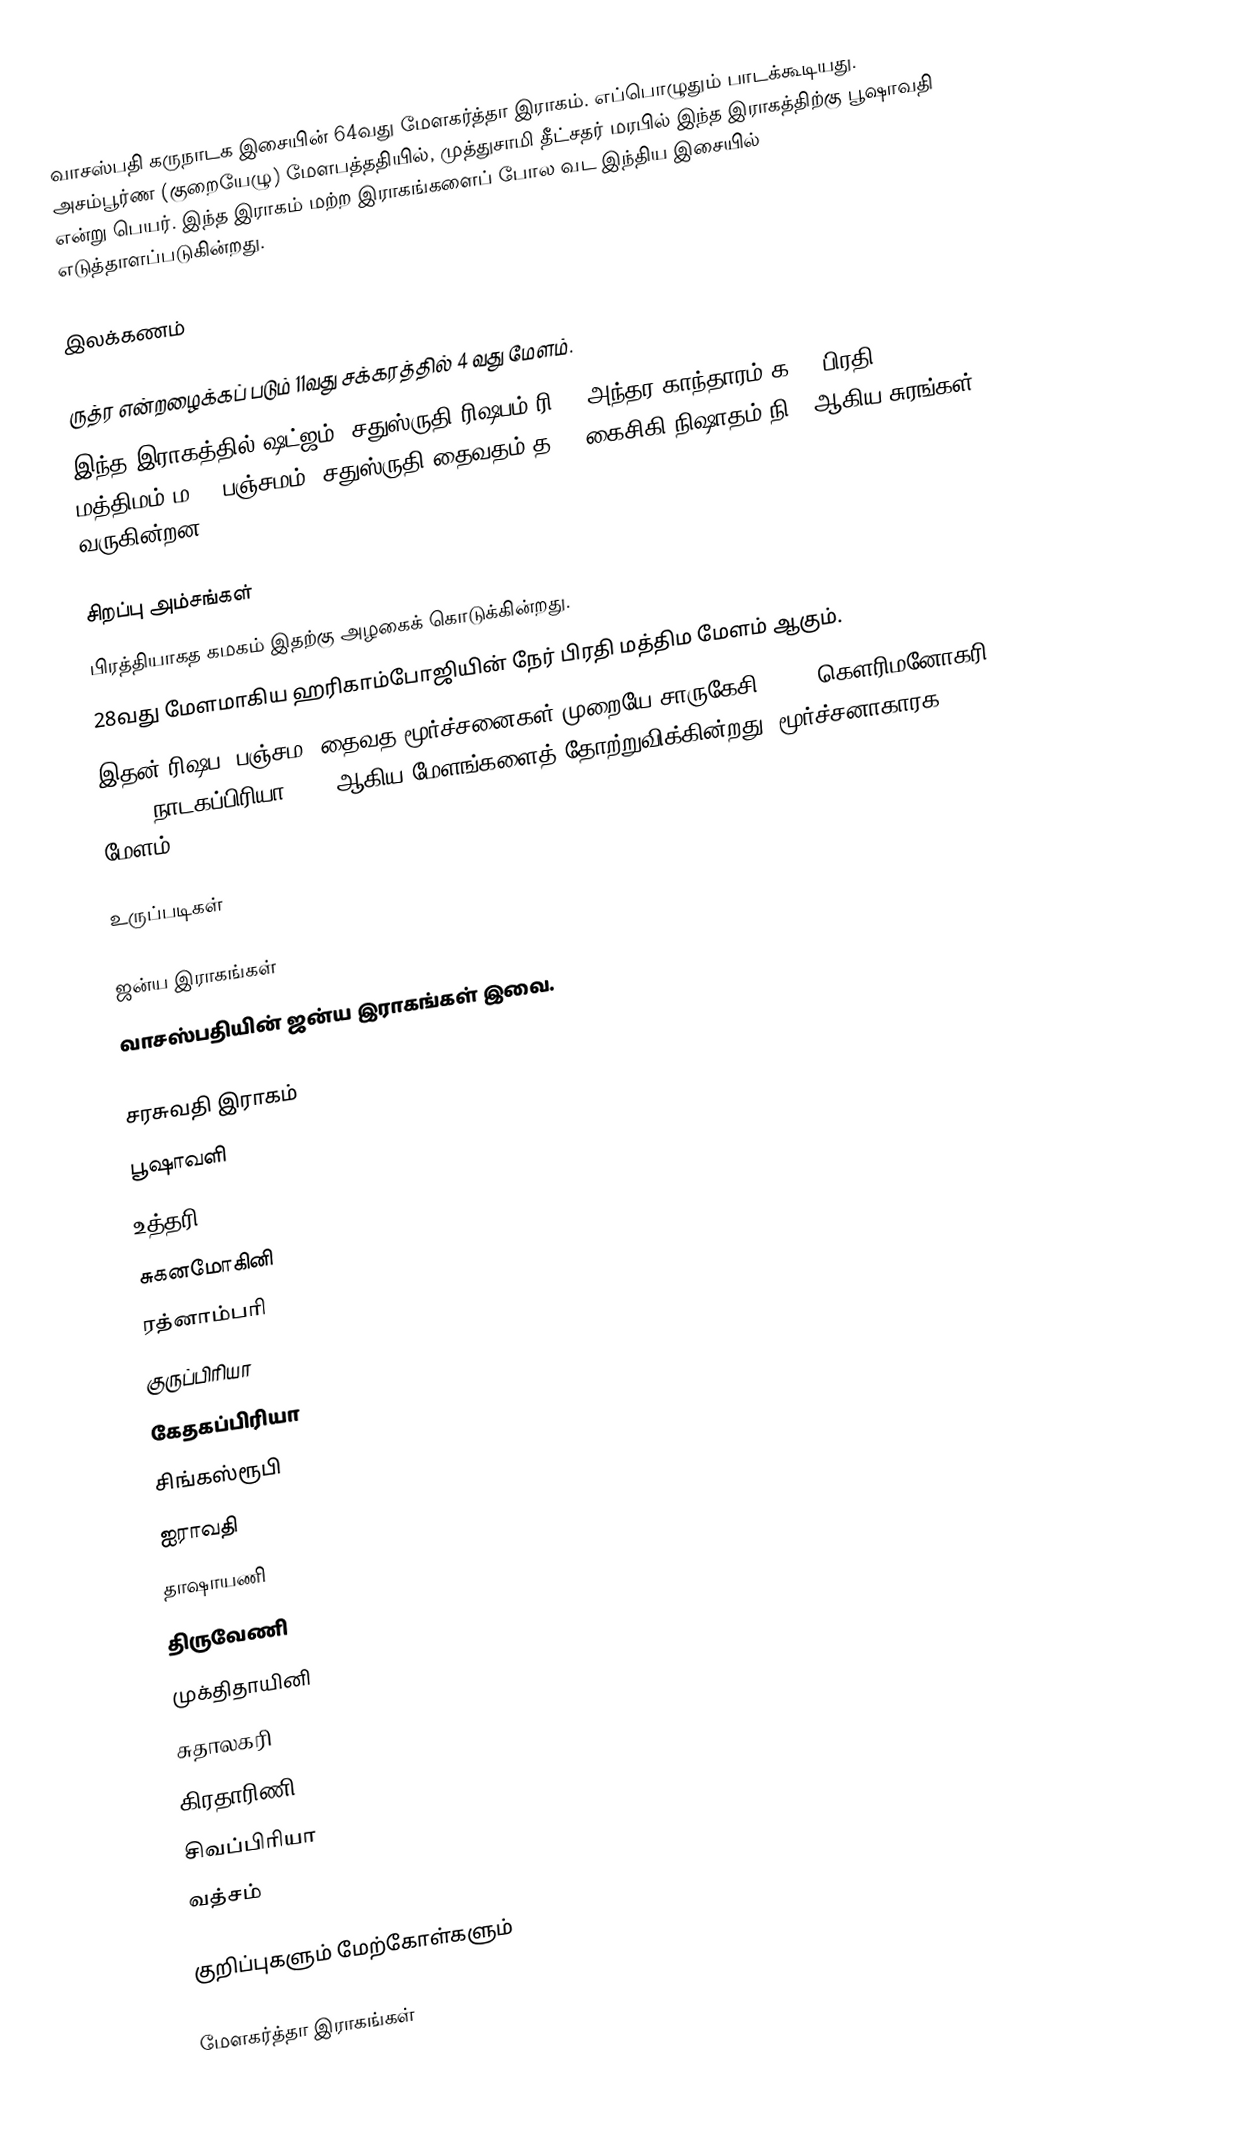
வாசஸ்பதி கருநாடக இசையின் 64வது மேளகர்த்தா இராகம். எப்பொழுதும் பாடக்கூடியது. அசம்பூர்ண (குறையேழு) மேளபத்ததியில், முத்துசாமி தீட்சதர் மரபில் இந்த இராகத்திற்கு பூஷாவதி என்று பெயர்.  இந்த இராகம் மற்ற இராகங்களைப் போல வட இந்திய இசையில் எடுத்தாளப்படுகின்றது.

இலக்கணம்

 ருத்ர என்றழைக்கப் படும் 11வது சக்கரத்தில் 4 வது மேளம்.
 இந்த இராகத்தில் ஷட்ஜம், சதுஸ்ருதி ரிஷபம்(ரி2), அந்தர காந்தாரம்(க3), பிரதி மத்திமம்(ம2), பஞ்சமம், சதுஸ்ருதி தைவதம்(த2), கைசிகி நிஷாதம்(நி2) ஆகிய சுரங்கள் வருகின்றன.

சிறப்பு அம்சங்கள்
 பிரத்தியாகத கமகம் இதற்கு அழகைக் கொடுக்கின்றது.
 28வது மேளமாகிய ஹரிகாம்போஜியின் நேர் பிரதி மத்திம மேளம் ஆகும்.
 இதன் ரிஷப, பஞ்சம, தைவத மூர்ச்சனைகள் முறையே சாருகேசி (26), கௌரிமனோகரி (23), நாடகப்பிரியா (10) ஆகிய மேளங்களைத் தோற்றுவிக்கின்றது (மூர்ச்சனாகாரக மேளம்).

உருப்படிகள்

ஜன்ய இராகங்கள்
வாசஸ்பதியின் ஜன்ய இராகங்கள் இவை.

 சரசுவதி இராகம்
 பூஷாவளி
 உத்தரி
 சுகனமோகினி
 ரத்னாம்பரி
 குருப்பிரியா
 கேதகப்பிரியா
 சிங்கஸ்ரூபி
 ஐராவதி
 தாஷாயணி
 திருவேணி
 முக்திதாயினி
 சுதாலகரி
 கிரதாரிணி
 சிவப்பிரியா
 வத்சம்

குறிப்புகளும் மேற்கோள்களும்

 மேளகர்த்தா இராகங்கள்